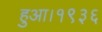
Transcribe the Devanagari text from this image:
हुआ।१९३६